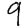
Digit: 9